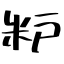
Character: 粐